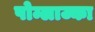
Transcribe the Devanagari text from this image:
पोम्लाज्का